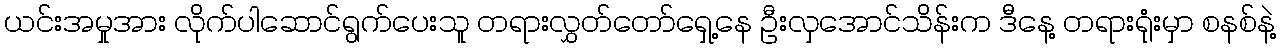
ယင်းအမှုအား လိုက်ပါဆောင်ရွက်ပေးသူ တရားလွှတ်တော်ရှေ့နေ ဦးလှအောင်သိန်းက ဒီနေ့ တရားရုံးမှာ စနစ်နဲ့